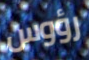
رؤوس